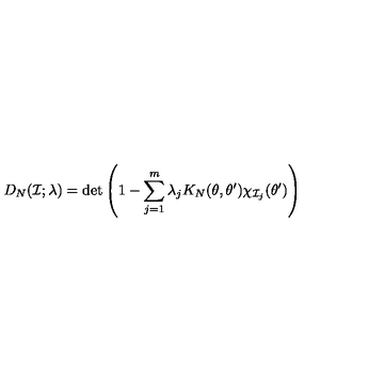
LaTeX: D _ { N } ( { \cal I } ; \lambda ) = \det \left( 1 - \sum _ { j = 1 } ^ { m } \lambda _ { j } K _ { N } ( \theta , \theta ^ { \prime } ) \chi _ { { \cal I } _ { j } } ( \theta ^ { \prime } ) \right)